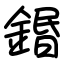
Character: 鍲